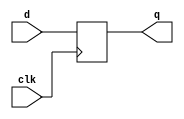
module d_ff_neg(
	input d,
	input clk,
	output q);

reg q;

always @(negedge clk)
begin
	q <= d;
end

endmodule